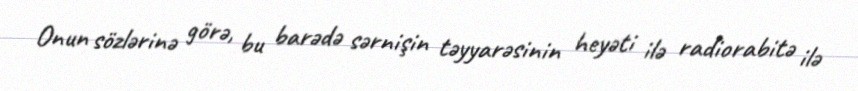
Onun sözlərinə görə, bu barədə sərnişin təyyarəsinin heyəti ilə radiorabitə ilə